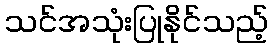
သင်အသုံးပြုနိုင်သည့်